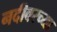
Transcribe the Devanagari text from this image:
नदीवरच्या